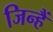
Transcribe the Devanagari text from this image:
जिन्हैं